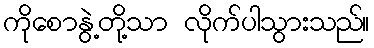
ကိုစောနွဲ့တို့သာ လိုက်ပါသွားသည်။